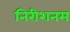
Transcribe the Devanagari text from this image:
निरीशनम